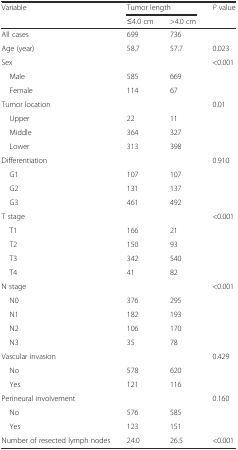
<table><thead><tr><td><b>Variable</b></td><td colspan="2"><b>Tumor length</b></td><td><b><i>P</i> value</b></td></tr><tr><td></td><td><b>≤4.0 cm</b></td><td><b>&gt;4.0 cm</b></td><td></td></tr></thead><tbody><tr><td>All cases</td><td>699</td><td>736</td><td></td></tr><tr><td>Age (year)</td><td>58.7</td><td>57.7</td><td>0.023</td></tr><tr><td>Sex</td><td></td><td></td><td>&lt;0.001</td></tr><tr><td> Male</td><td>585</td><td>669</td><td></td></tr><tr><td> Female</td><td>114</td><td>67</td><td></td></tr><tr><td>Tumor location</td><td></td><td></td><td>0.01</td></tr><tr><td> Upper</td><td>22</td><td>11</td><td></td></tr><tr><td> Middle</td><td>364</td><td>327</td><td></td></tr><tr><td> Lower</td><td>313</td><td>398</td><td></td></tr><tr><td>Differentiation</td><td></td><td></td><td>0.910</td></tr><tr><td> G1</td><td>107</td><td>107</td><td></td></tr><tr><td> G2</td><td>131</td><td>137</td><td></td></tr><tr><td> G3</td><td>461</td><td>492</td><td></td></tr><tr><td>T stage</td><td></td><td></td><td>&lt;0.001</td></tr><tr><td> T1</td><td>166</td><td>21</td><td></td></tr><tr><td> T2</td><td>150</td><td>93</td><td></td></tr><tr><td> T3</td><td>342</td><td>540</td><td></td></tr><tr><td> T4</td><td>41</td><td>82</td><td></td></tr><tr><td>N stage</td><td></td><td></td><td>&lt;0.001</td></tr><tr><td> N0</td><td>376</td><td>295</td><td></td></tr><tr><td> N1</td><td>182</td><td>193</td><td></td></tr><tr><td> N2</td><td>106</td><td>170</td><td></td></tr><tr><td> N3</td><td>35</td><td>78</td><td></td></tr><tr><td>Vascular invasion</td><td></td><td></td><td>0.429</td></tr><tr><td> No</td><td>578</td><td>620</td><td></td></tr><tr><td> Yes</td><td>121</td><td>116</td><td></td></tr><tr><td>Perineural involvement</td><td></td><td></td><td>0.160</td></tr><tr><td> No</td><td>576</td><td>585</td><td></td></tr><tr><td> Yes</td><td>123</td><td>151</td><td></td></tr><tr><td>Number of resected lymph nodes</td><td>24.0</td><td>26.5</td><td>&lt;0.001</td></tr></tbody></table>